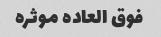
فوق العاده موثره